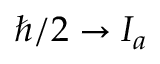
\hbar / 2 \to I _ { a }